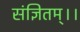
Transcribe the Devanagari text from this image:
संज्ञितम्।।